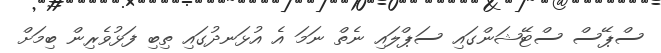
ސްޕޭސް ސްޓޭޝަންގައި ސަޕްލައި ނެތް ނަމަ އެ އުޅަނދުގައި ތިބި ފަޅުވެރިން ބިމަށް